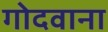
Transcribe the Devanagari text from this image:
गोदवाना